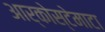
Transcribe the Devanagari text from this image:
आर्कोस्टेमाटा